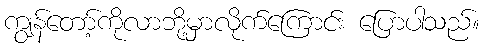
ကျွန်တော့်ကိုလာဘို့မှာလိုက်ကြောင်း ပြောပါသည်။